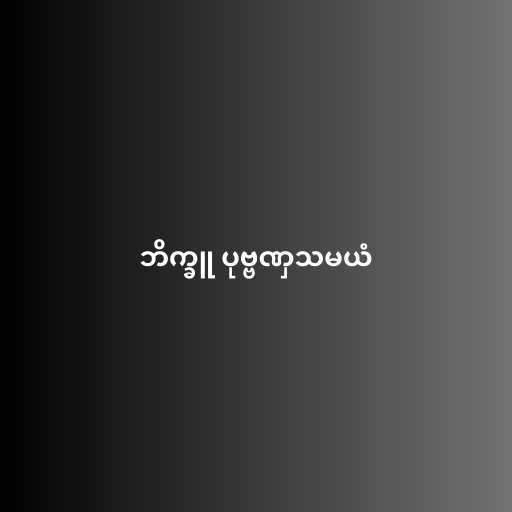
ဘိက္ခူ ပုဗ္ဗဏှသမယံ